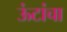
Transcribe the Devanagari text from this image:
ऊंटांचा